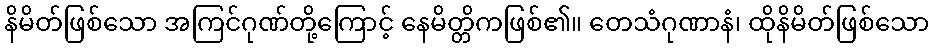
နိမိတ်ဖြစ်သော အကြင်ဂုဏ်တို့ကြောင့် နေမိတ္တိကဖြစ်၏။ တေသံဂုဏာနံ၊ ထိုနိမိတ်ဖြစ်သော